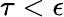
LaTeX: \tau<\epsilon